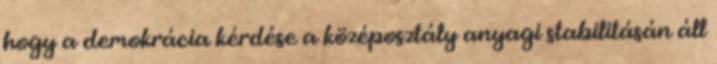
hogy a demokrácia kérdése a középosztály anyagi stabilitásán áll